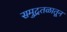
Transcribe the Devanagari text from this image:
समुद्रतळातून